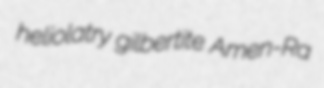
heliolatry gilbertite Amen-Ra